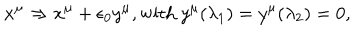
x ^ { \mu } \Rightarrow x ^ { \mu } + \epsilon _ { 0 } y ^ { \mu } , \mathrm { w i t h } ~ y ^ { \mu } ( \lambda _ { 1 } ) = y ^ { \mu } ( \lambda _ { 2 } ) = 0 ,